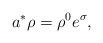
LaTeX: \begin{align*}a^{*}\rho = \rho^{0}e^{\sigma},\end{align*}